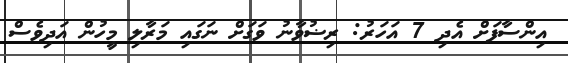
އިންސާފަށް އެދި 7 އަހަރު: ރިޟުވާނު ވަގަށް ނަގައި މަރާލި މީހުން އަދިވެސް